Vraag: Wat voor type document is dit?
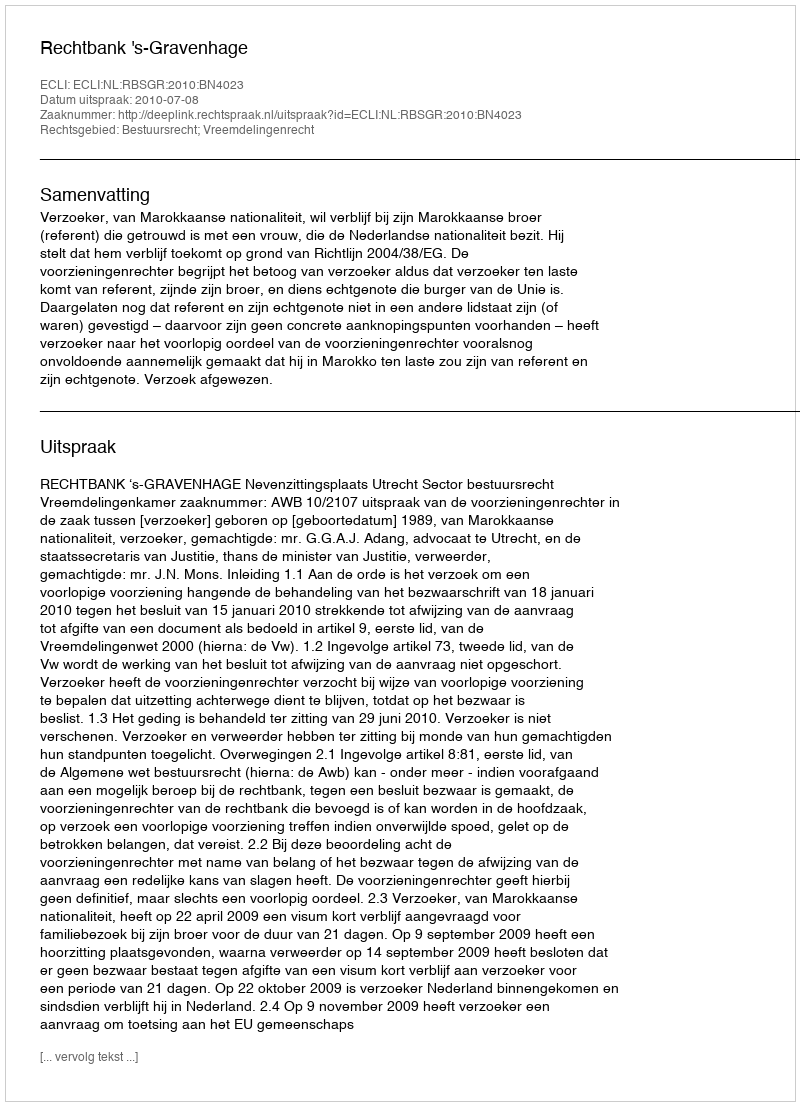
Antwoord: Uitspraak